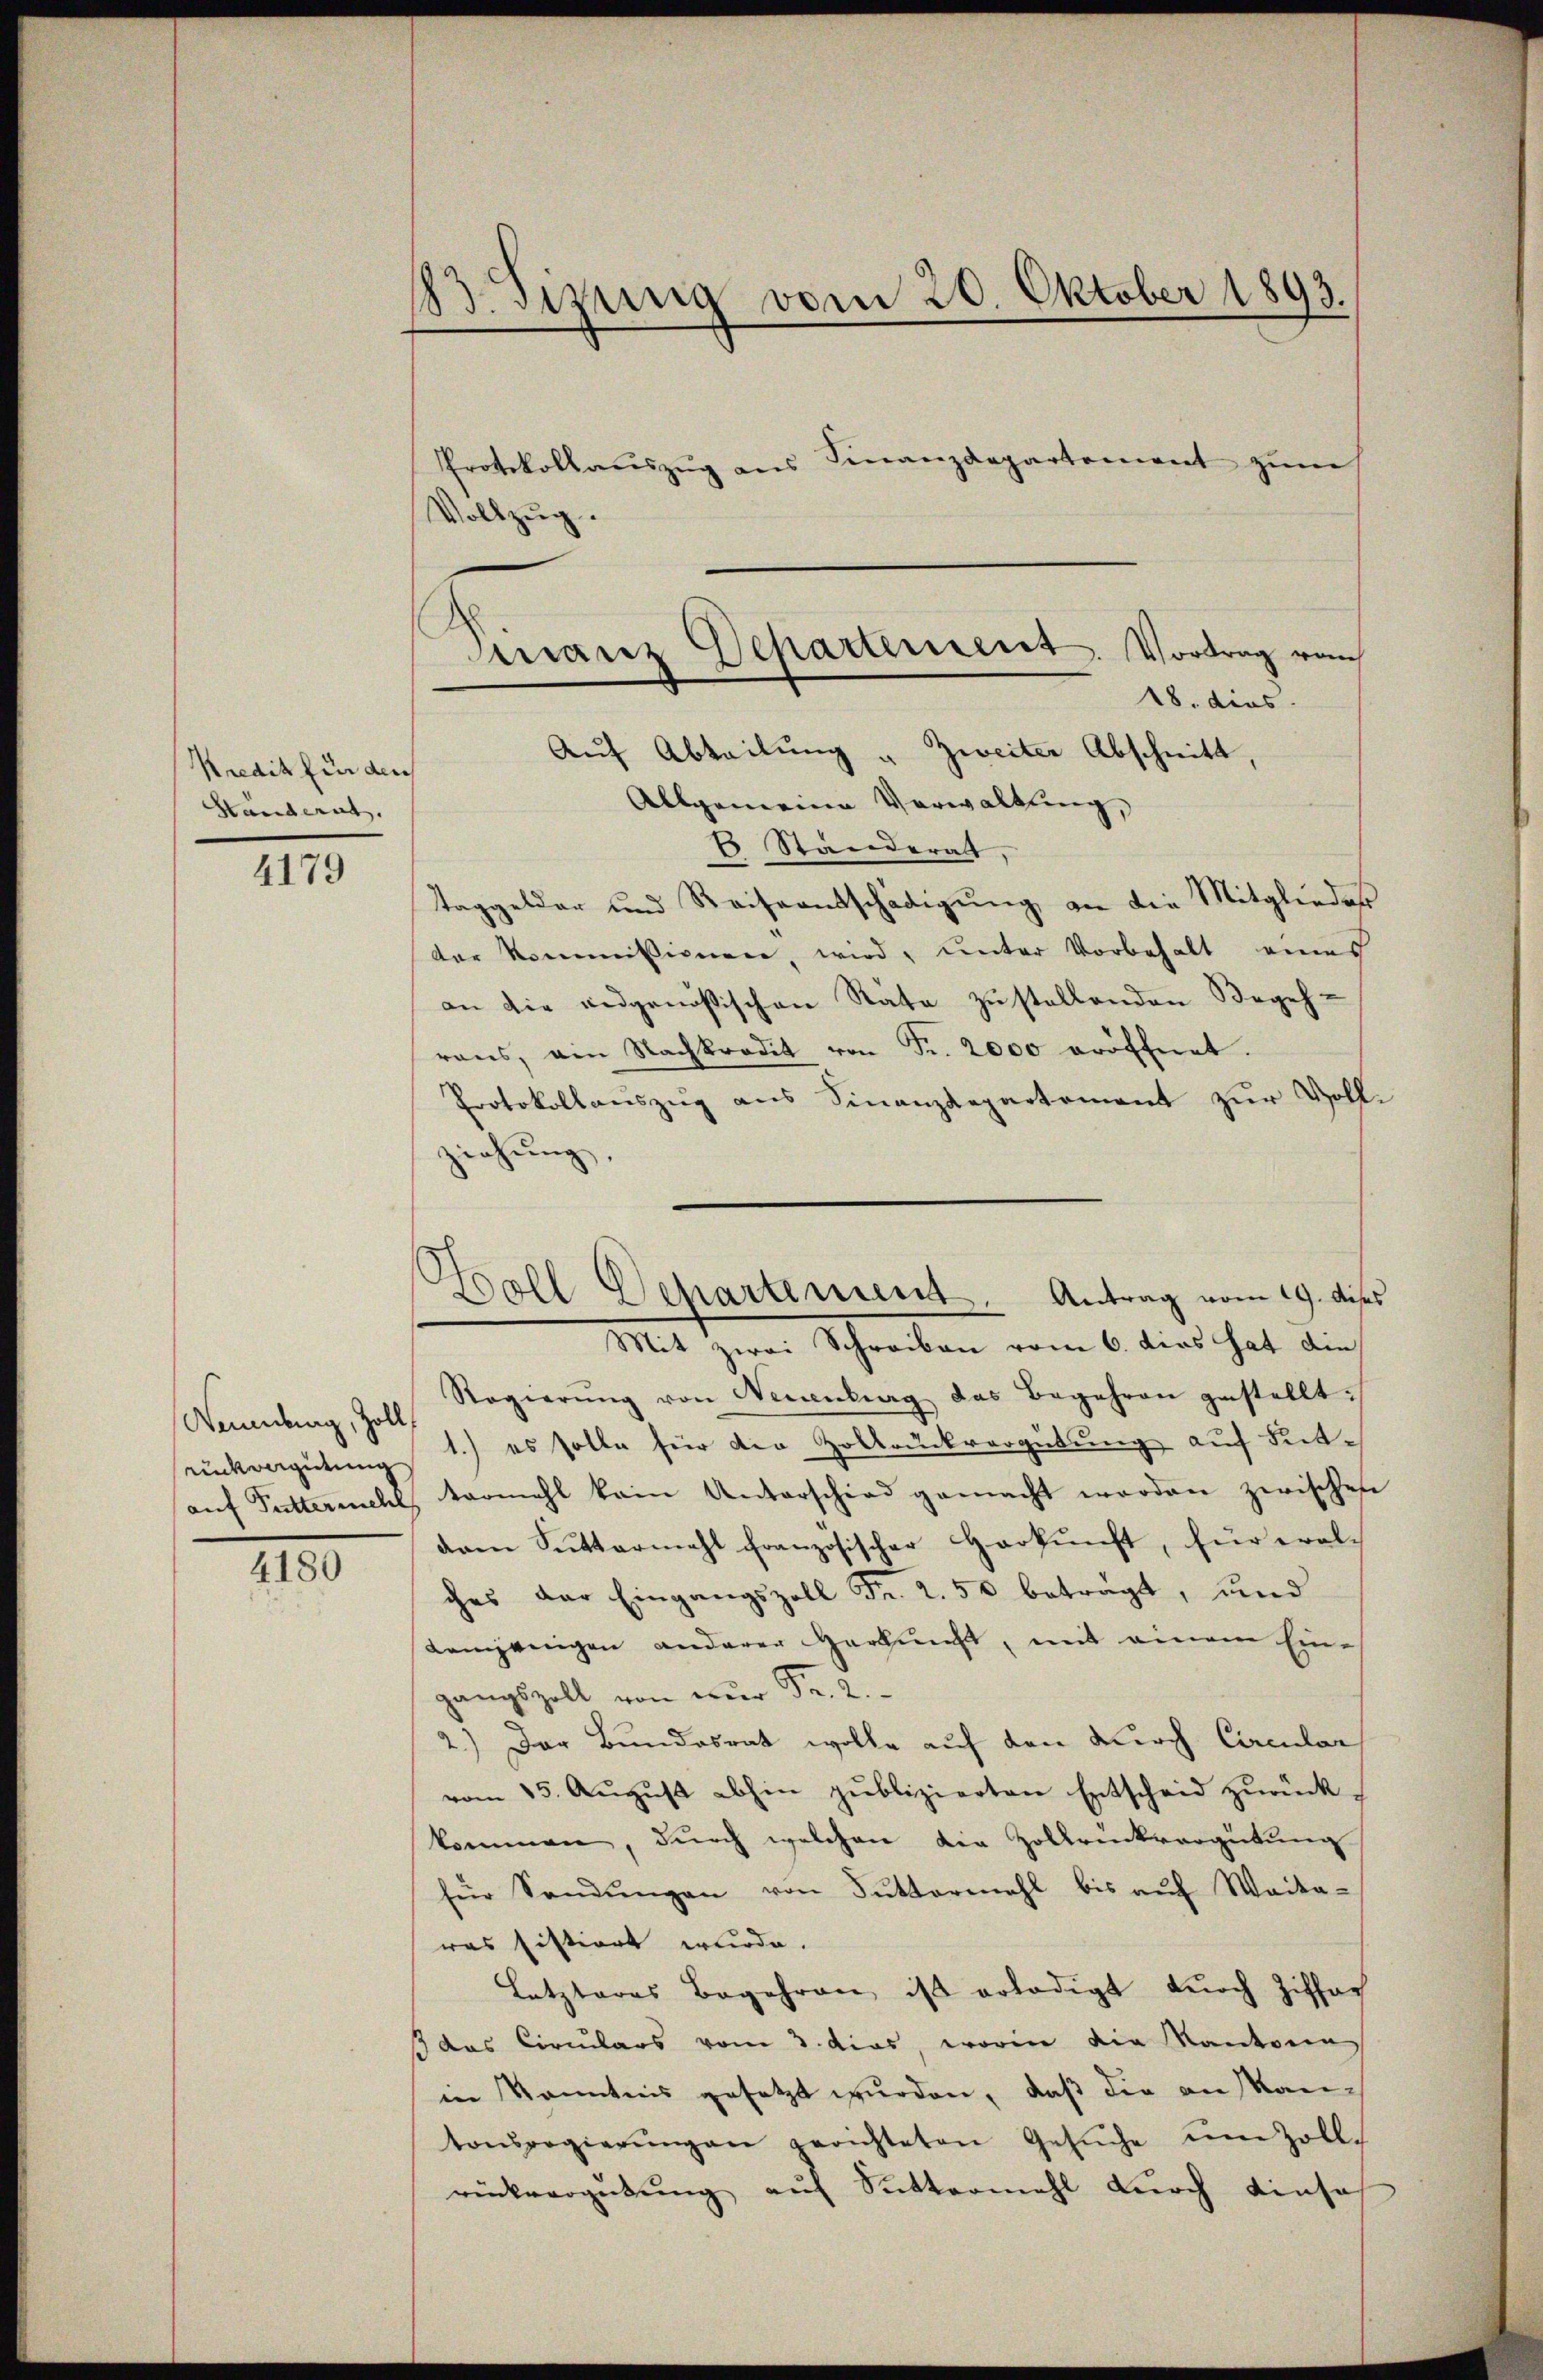
Kredit für den
Handerat.

4179

Wandlung, Zoll
rükvergütung

4180

83. Sizung vom 20. Oktober 1893.
Protokollaŭszŭg ans Finanzdepartement zŭm
Woll
ig.

Auf Abteilung u. Zweiter Abschnitt,
Allgemeine Verwaltung,
2 Ständerath,
Taggelder und Reiseentschädigung an die Mitglieder
ter kommissionen, wird, unter Vorbehalt eines
an die eidgenößischen Räte zustellenden Begehrens, ain Nachkredit von Fr. 2000 eröffnet.
Protokollauszug aus Finanzdepartement zur Vollziehung,
Regierŭng von Neuenburg das Begehren gestellt:
1.) es solle für die Zollruckvergütung auf Seitaŭf Futtermehl, termahl kein Unterschied gemacht worden zwischen
dam Suttermahl französischer Harkunft, für eral-
ches der Eingangszoll Fr. 2. 50 betragt, und
Kemjenigen anderer Herkunft, mit einem Ein-
gangszoll von nur Fr. 2.
2.) Der Bundesrat wolle auf den durch Circular
vom 15. Aŭgŭst abhin publizierten Entscheid zurückkommen, dŭrch welchen die Zollrückvergütŭng
für Sandŭngen von Sŭttermahl bis aŭf Weita-
was histiert wurde.
Letzteres Begehren ist erledigt durch Ziffar
3 das Circulars vom 3. dies, worin die Kantona
in Kenntnis gesetzt wurden, daß die an Kantonsregierŭngen gerichteten Gesŭche ŭm Zoll-
rückvergütŭng aŭf Suttermahl durch einsah

Finanz Departement. Vortrag vom
18. dies

coll Departement. Antrag vom 19. dises
Mit zwei Schreiben vom 6. dies hat die